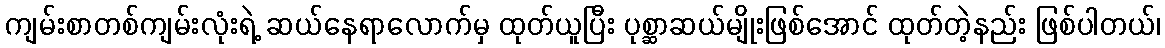
ကျမ်းစာတစ်ကျမ်းလုံးရဲ့ ဆယ်နေရာလောက်မှ ထုတ်ယူပြီး ပုစ္ဆာဆယ်မျိုးဖြစ်အောင် ထုတ်တဲ့နည်း ဖြစ်ပါတယ်၊